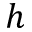
h